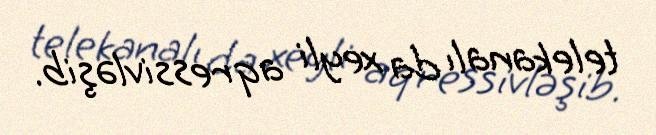
telekanalı da xeyli aqressivləşib.